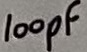
Text: 100pF